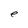
Character: e